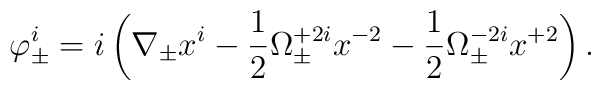
\varphi^i_{\pm}=i\left(\nabla_{\pm}x^{i}-\frac12\Omega^{+2i}_{\pm}x^{-2}-\frac12\Omega^{-2i}_{\pm}x^{+2}\right).